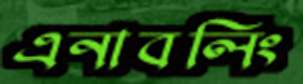
এনাবলিং